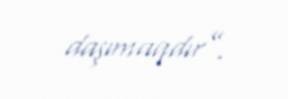
daşımaqdır”.